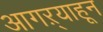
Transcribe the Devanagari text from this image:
आगऱ्याहून